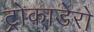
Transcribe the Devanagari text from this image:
ट्रोकाडेरो